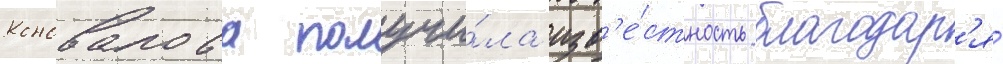
Коновалова получи́ла изв'е́стность благодар'я́